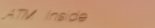
ATM Inside